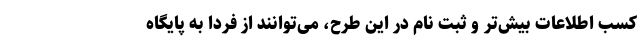
کسب اطلاعات بیش‌تر و ثبت نام در این طرح، می‌توانند از فردا به پایگاه